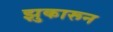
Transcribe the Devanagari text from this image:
झुकारून